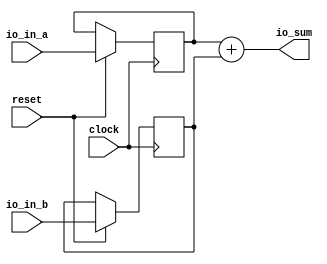
module adder32(
  input         clock,
  input         reset,
  input  [31:0] io_in_a,
  input  [31:0] io_in_b,
  output [32:0] io_sum
);
`ifdef RANDOMIZE_REG_INIT
  reg [31:0] _RAND_0;
  reg [31:0] _RAND_1;
`endif // RANDOMIZE_REG_INIT
  reg [31:0] in_a; // @[adder32.scala 16:24]
  reg [31:0] in_b; // @[adder32.scala 17:24]
  assign io_sum = in_a + in_b; // @[adder32.scala 19:20]
  always @(posedge clock) begin
    if (reset) begin // @[adder32.scala 16:24]
      in_a <= io_in_a; // @[adder32.scala 16:24]
    end
    if (reset) begin // @[adder32.scala 17:24]
      in_b <= io_in_b; // @[adder32.scala 17:24]
    end
  end
// Register and memory initialization
`ifdef RANDOMIZE_GARBAGE_ASSIGN
`define RANDOMIZE
`endif
`ifdef RANDOMIZE_INVALID_ASSIGN
`define RANDOMIZE
`endif
`ifdef RANDOMIZE_REG_INIT
`define RANDOMIZE
`endif
`ifdef RANDOMIZE_MEM_INIT
`define RANDOMIZE
`endif
`ifndef RANDOM
`define RANDOM $random
`endif
`ifdef RANDOMIZE_MEM_INIT
  integer initvar;
`endif
`ifndef SYNTHESIS
`ifdef FIRRTL_BEFORE_INITIAL
`FIRRTL_BEFORE_INITIAL
`endif
initial begin
  `ifdef RANDOMIZE
    `ifdef INIT_RANDOM
      `INIT_RANDOM
    `endif
    `ifndef VERILATOR
      `ifdef RANDOMIZE_DELAY
        #`RANDOMIZE_DELAY begin end
      `else
        #0.002 begin end
      `endif
    `endif
`ifdef RANDOMIZE_REG_INIT
  _RAND_0 = {1{`RANDOM}};
  in_a = _RAND_0[31:0];
  _RAND_1 = {1{`RANDOM}};
  in_b = _RAND_1[31:0];
`endif // RANDOMIZE_REG_INIT
  `endif // RANDOMIZE
end // initial
`ifdef FIRRTL_AFTER_INITIAL
`FIRRTL_AFTER_INITIAL
`endif
`endif // SYNTHESIS
endmodule